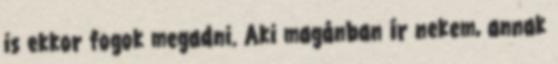
is ekkor fogok megadni. Aki magánban ír nekem, annak